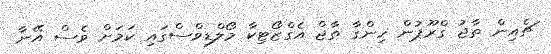
ޗެއިން ތާޖު ގްރޫޕުން ހިންގާ ތާޖް އެގްޒޯޓިކާ މޯލްޑިވްސްގައި ކަމަށް ވެސް އޭނާ